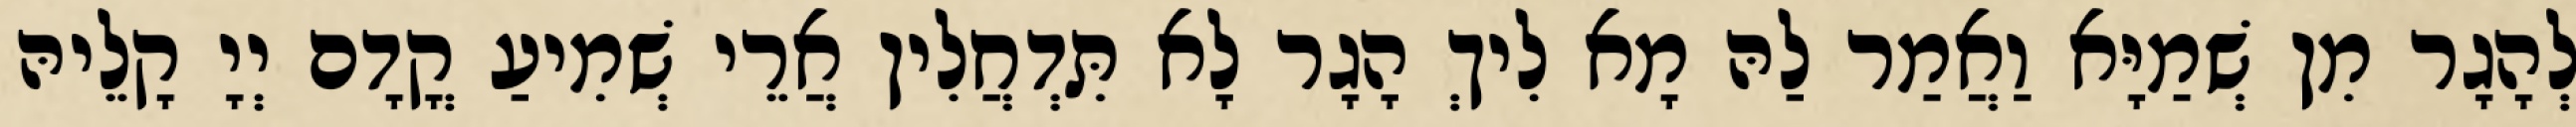
לְהָגָר מִן שְׁמַיָּא וַאֲמַר לַהּ מָא לִיךְ הָגָר לָא תִּדְחֲלִין אֲרֵי שְׁמִיעַ קֳדָם יְיָ קָלֵיהּ